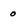
Character: 0